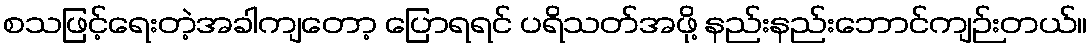
စသဖြင့်ရေးတဲ့အခါကျတော့ ပြောရရင် ပရိသတ်အဖို့ နည်းနည်းဘောင်ကျဉ်းတယ်။